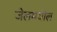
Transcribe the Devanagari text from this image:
जेलमधील